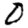
Digit: 0